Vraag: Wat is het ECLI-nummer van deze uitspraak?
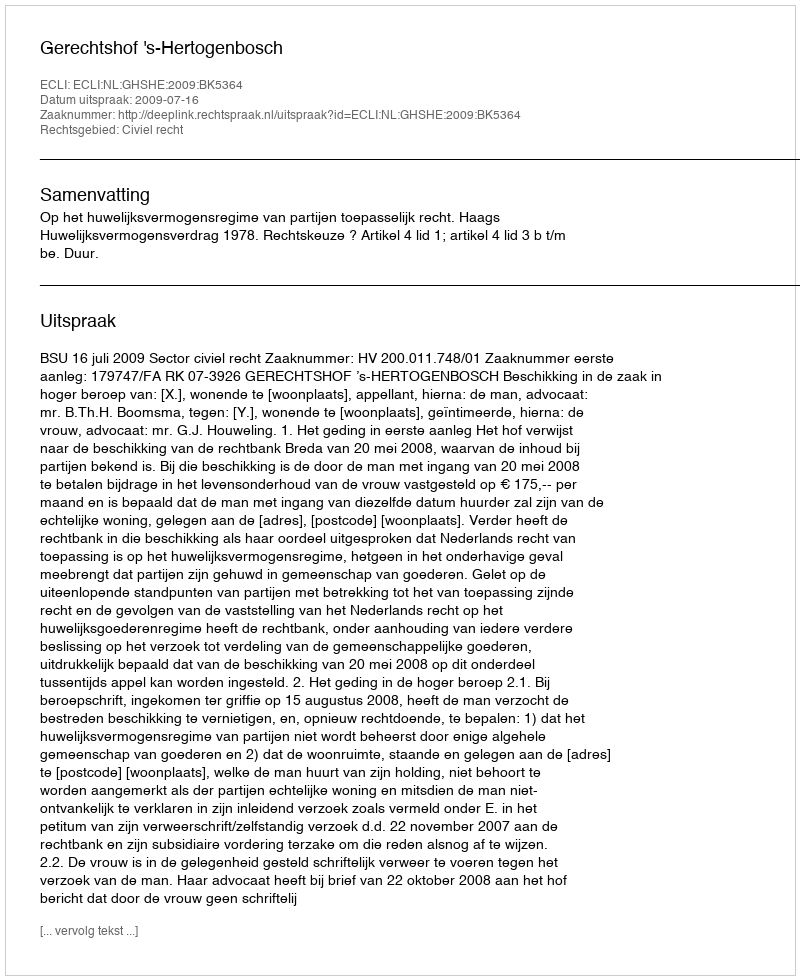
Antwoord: ECLI:NL:GHSHE:2009:BK5364